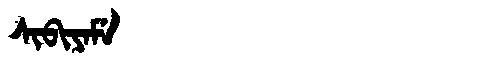
Manchu: ᠰᡳᠪᡳᠶᠠᠮᡝ
Romanization: SIBIYAME